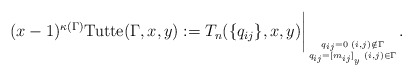
\begin{gather*} (x-1)^{\kappa(\Gamma)} {\rm Tutte} (\Gamma,x,y):= T_n(\{q_{ij}\}, x,y) \bigg |_{q_{ij}=0 \, \, (i,j) \notin \Gamma \atop q_{ij}={[m_{ij}]}_{y} \, \, (i,j) \in \Gamma}. \end{gather*}